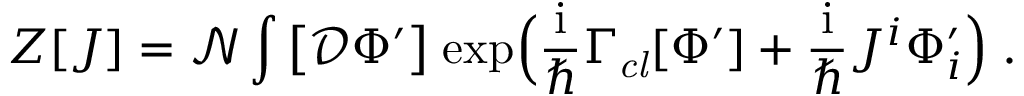
Z [ J ] = \mathcal { N } \int \big [ \mathcal { D } \Phi ^ { \prime } \big ] \; \mathrm { e x p } \Big ( \frac { \mathrm { i } } { \hbar } \Gamma _ { \mathit { c l } } [ \Phi ^ { \prime } ] + \frac { \mathrm { i } } { \hbar } J ^ { i } \Phi _ { i } ^ { \prime } \Big ) \; .